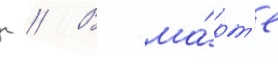
г // В ма́рт'е